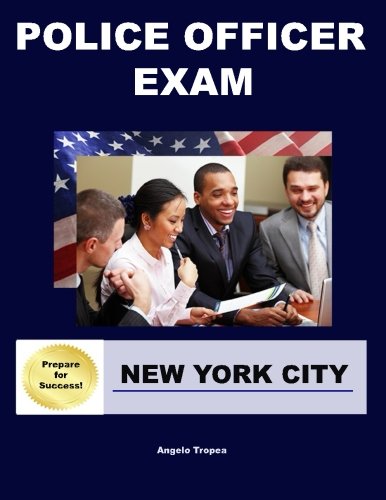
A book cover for Police Officer Exam New York City; Angelo Tropea; Test Preparation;